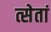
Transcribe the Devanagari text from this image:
त्सेतां